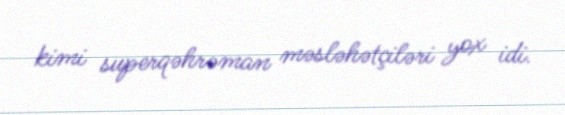
kimi superqəhrəman məsləhətçiləri yox idi.